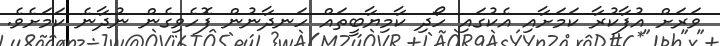
ވަރަށް އުފާކުރާ ކަމަށާއި އެކުގައި ހޯދި ކާމިޔާބީތައް ހަނދާނުން ފޮހެވިގެން ނުދާނެ ކަމަށެވެ.